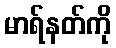
မာရ်နတ်ကို